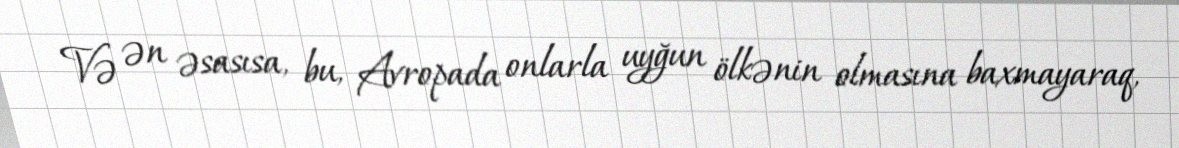
Və ən əsasısa, bu, Avropada onlarla uyğun ölkənin olmasına baxmayaraq,